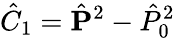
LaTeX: \hat{C}_{1}=\hat{\mathbf{P}}^{2}-\hat{P}_{0}^{2}